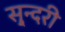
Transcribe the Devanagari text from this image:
सु्न्दरी